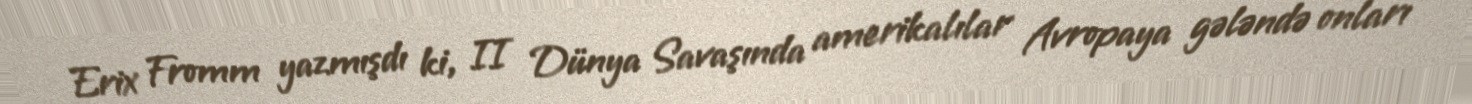
Erix Fromm yazmışdı ki, II Dünya Savaşında amerikalılar Avropaya gələndə onları